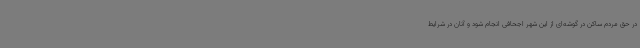
در حق مردم ساکن در گوشه‌ای از این شهر اجحافی انجام شود و آنان در شرایط